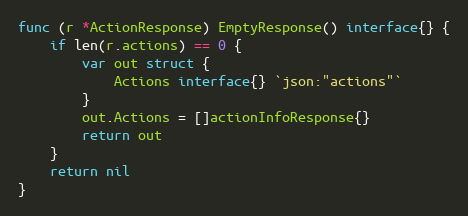
Language: Go
func (r *ActionResponse) EmptyResponse() interface{} {
	if len(r.actions) == 0 {
		var out struct {
			Actions interface{} `json:"actions"`
		}
		out.Actions = []actionInfoResponse{}
		return out
	}
	return nil
}